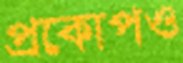
প্রকোপও